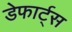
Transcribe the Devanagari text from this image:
डेफार्ट्स